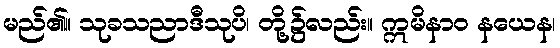
မည်၏။ သုခသညာဒီသုပိ၊ တို့၌လည်း။ ဣမိနာဝ နယေန၊